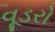
વૂડરો